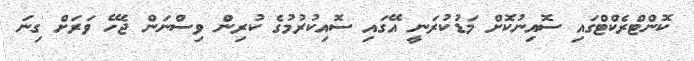
ކޮންޓްރެކްޓްގައި ސޮއިނުކޮށް މަޑުކުރަނީ އޭގައި ސޮއިކުރުމުގެ ކުރިން ވިސްނަން ޖެހޭ ވަރަށް ގިނަ